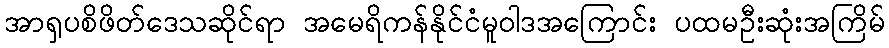
အာရှပစိဖိတ်ဒေသဆိုင်ရာ အမေရိကန်နိုင်ငံမူဝါဒအကြောင်း ပထမဦးဆုံးအကြိမ်